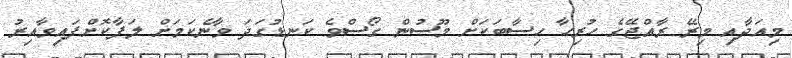
މިއަދާއި މިރޭ ރާއްޖޭގެ ހުރިހާ ހިސާބަކަށް މޫސުން ގޯސްވެ ކަނޑުގަދަ ވާނެކަމަށް ލަފާކޮށްފައިވާއިރު